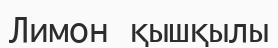
Лимон қышқылы